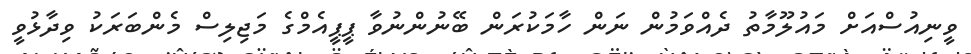
ވީނިއުސްއަށް މައުލޫމާތު ދެއްވަމުން ނަން ހާމަކުރަން ބޭނުންނުވާ ޕީޕީއެމްގެ މަޖިލިސް މެންބަރަކު ވިދާޅުވީ